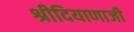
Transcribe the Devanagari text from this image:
श्रीदियाणाजी